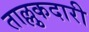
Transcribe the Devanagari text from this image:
ताल्लुकदारी